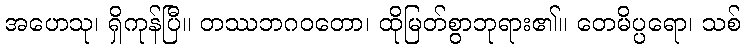
အဟေသု၊ ရှိကုန်ပြီ။ တဿဘဂဝတော၊ ထိုမြတ်စွာဘုရား၏။ တေမိပ္ပရော၊ သစ်